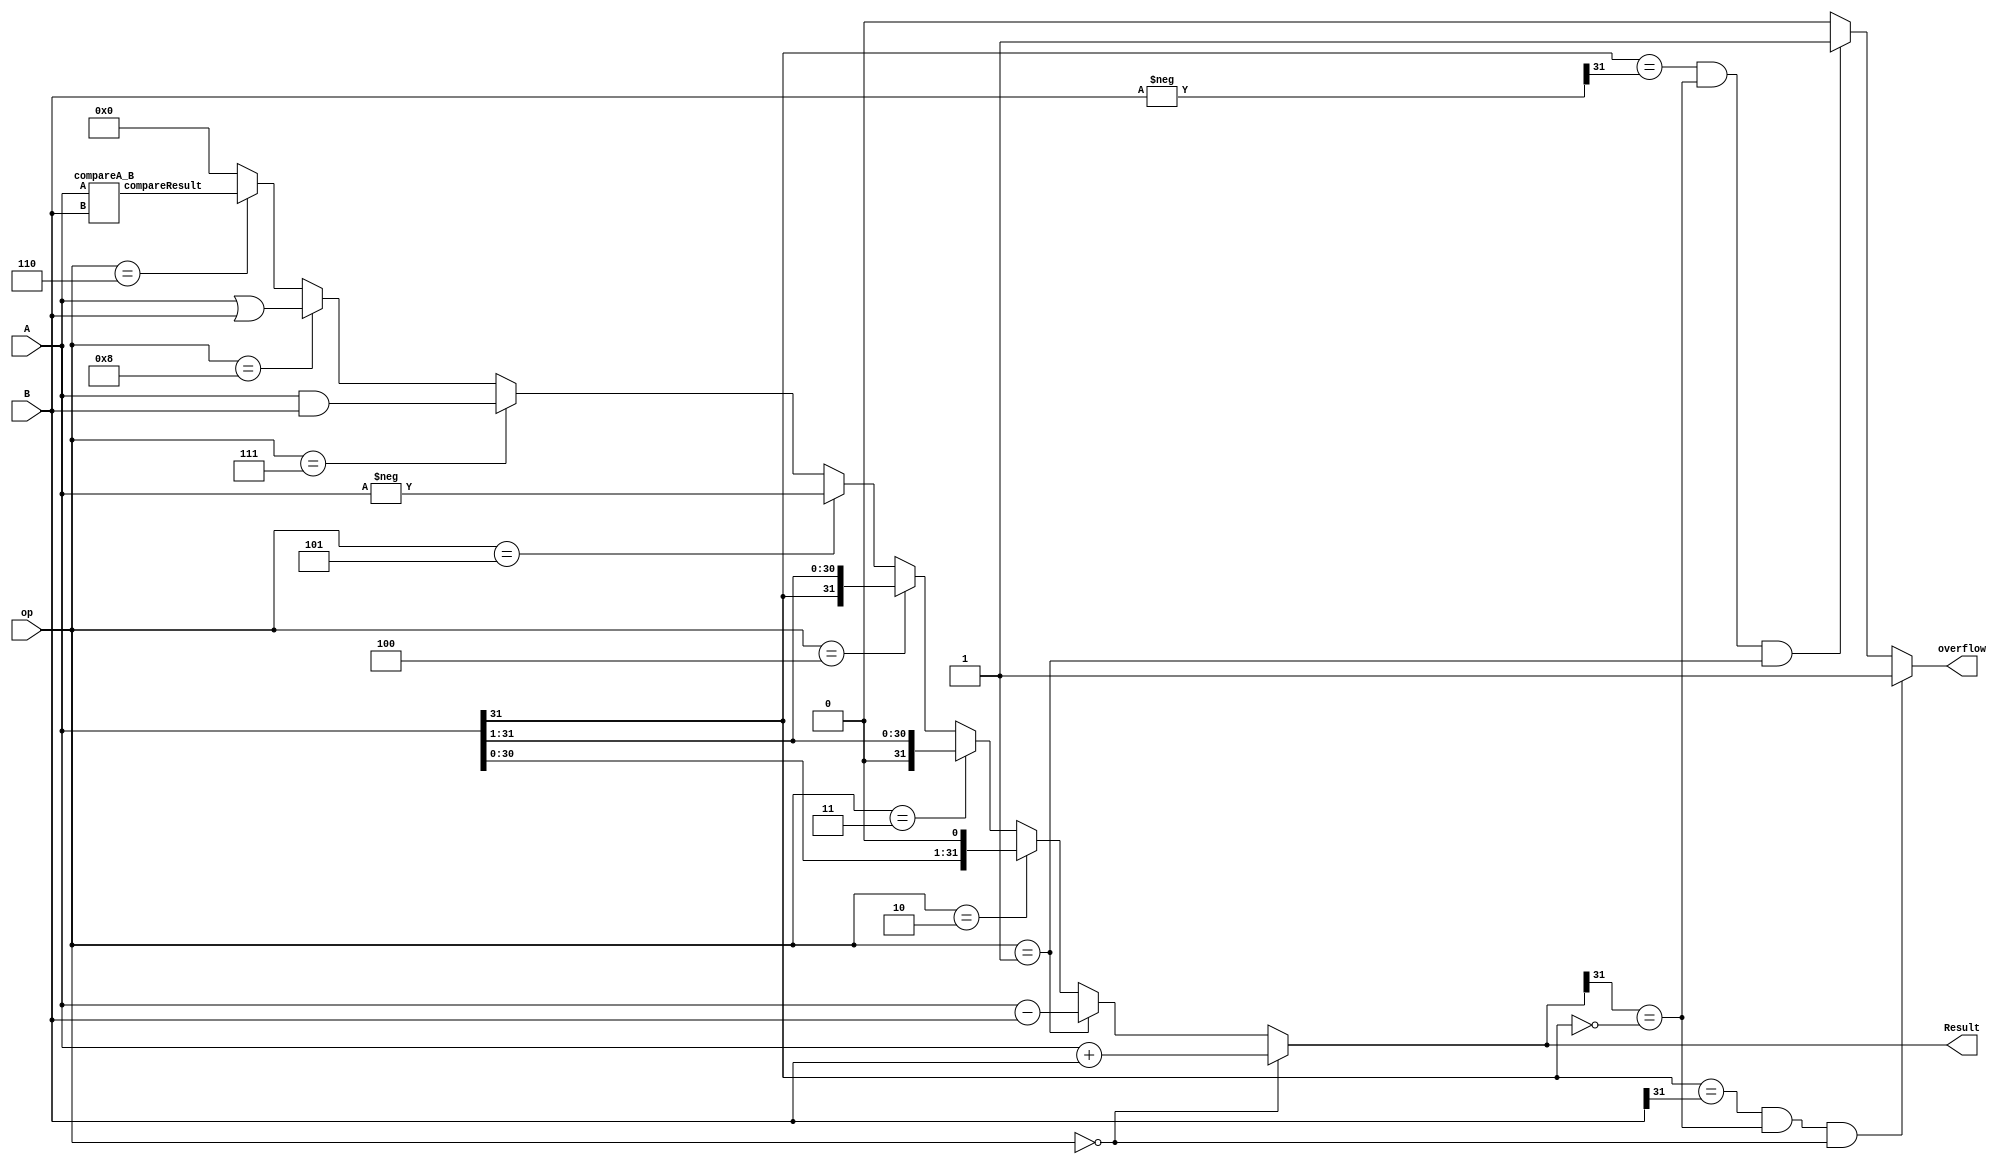
module ALU (A,B,op,overflow,Result); 

output  reg [31:0] Result;
output wire overflow;
input signed [31:0]  A,B;
input  wire [3:0] op;
wire [31:0] compareResult;
wire[31:0] Bnegated;
assign Bnegated = -B;
//input wire[5:0] shift ; 
/*
0000 A+B  
0001 A-B 
0010 SLL
0011 SRL 
0100 SRA
0101 Negate
0110 (A>b)1:((b<A)2:0)
0111 (A&B)
1000 (A|B)
*/
 
//Result
/*assign Result = (op==4'b0000)?(A+B):((op==4'b0001)?A-B:((op==4'b0010)?A<<shift:((op==4'b0011)?A>>shift:((op==4'b0100)?A>>>shift:((op==4'b0101)?-A:
((op==4'b0111)?A&B:((op==4'b1000)?A|B:((op==4'b0110)?compareResult:32'h00000000))))))));   
*/

always @*
begin
if(op==4'b0000)
begin Result = A+B; end
else if (op==4'b0001) begin  Result =A-B; end
else if (op==4'b0010) begin  Result =A<<1; end
else if (op ==4'b0011)begin  Result =A>>1; end
else if (op==4'b0100) begin  Result =A>>>1; end
else if (op==4'b0101) begin  Result =-A; end
else if (op==4'b0111) begin  Result =A&B; end
else if (op==4'b1000) begin  Result =A|B; end
else if (op==4'b0110) begin  Result =compareResult; end
else begin Result= 0; end
end


//OverFlow
assign overflow = ( (A[31]==B[31]) && (Result[31]==~A[31]) && op==4'b0000)?1'b1:
((  (A[31]==Bnegated[31])  &&  (Result[31]==~A[31]) && op==4'b0001)?1'b1:1'b0);


compareA_B comp (A,B,compareResult);



endmodule






module compareA_B (A,B,compareResult);  


input wire [31:0] A,B;
output wire [31:0]compareResult; 

assign compareResult = (A>B)?1:((A<B)?2:0);



endmodule